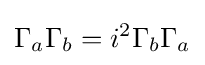
\Gamma _{a}\Gamma _{b}=i^{2}\Gamma _{b}\Gamma _{a}